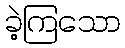
ခဲ့ကြသော